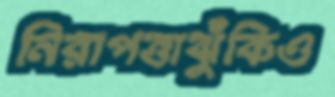
নিরাপত্তাঝুঁকিও